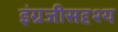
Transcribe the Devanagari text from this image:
इंग्रजीसदृश्य